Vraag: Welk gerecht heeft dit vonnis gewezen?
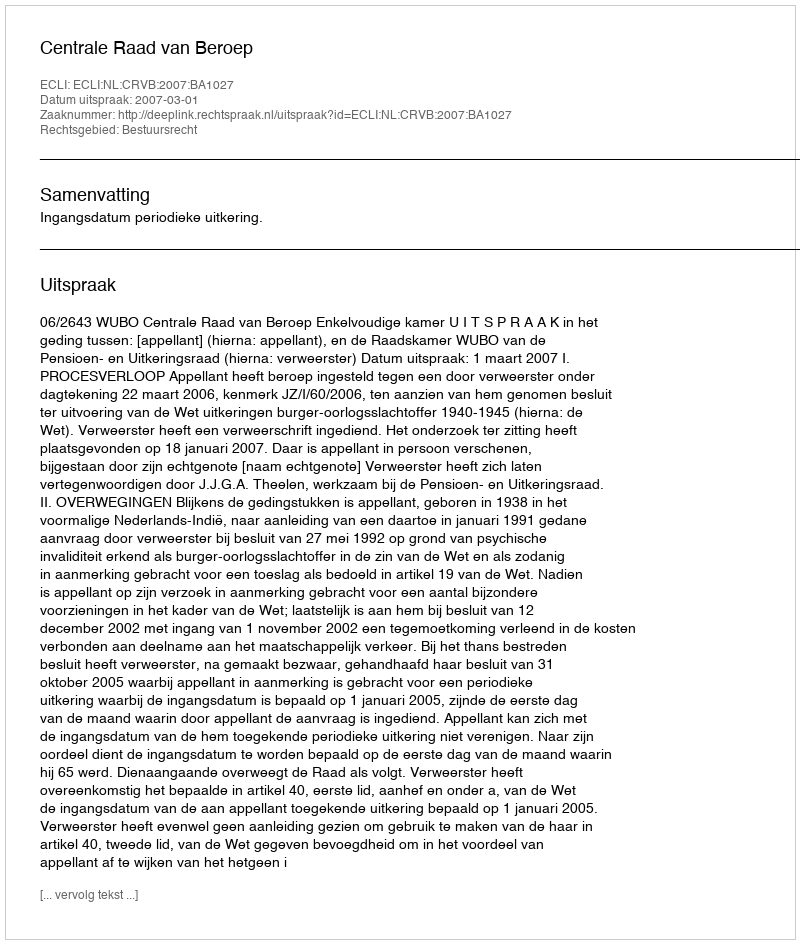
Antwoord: Centrale Raad van Beroep